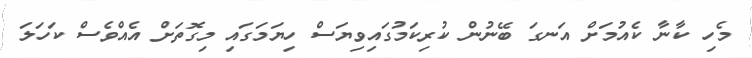
މެހި ކާނާ ކެއުމަށް އަނގަ ބޭނުން ކުރިކަމުގައިވިޔަސް ހިޔަމަގައި މިގޮތަށް އެއްވެސް ކަހަލަ